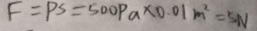
F = P s = 5 0 0 P a \times 0 . 0 1 m ^ { 2 } = 5 N